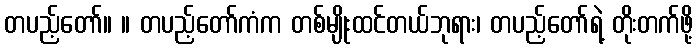
တပည့်တော်။ ။ တပည့်တော်ကံက တစ်မျိုးထင်တယ်ဘုရား၊ တပည့်တော်ရဲ့ တိုးတက်ဖို့